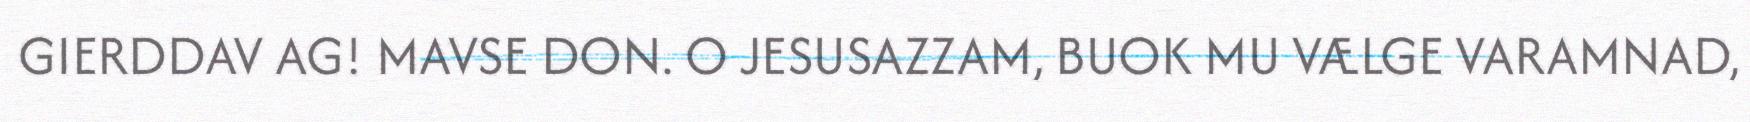
GIERDDAV AG! MAVSE DON. O JESUSAZZAM, BUOK MU VÆLGE VARAMNAD,